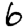
Digit: 6